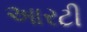
આરટી